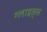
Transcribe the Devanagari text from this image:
ग्लाइड्स